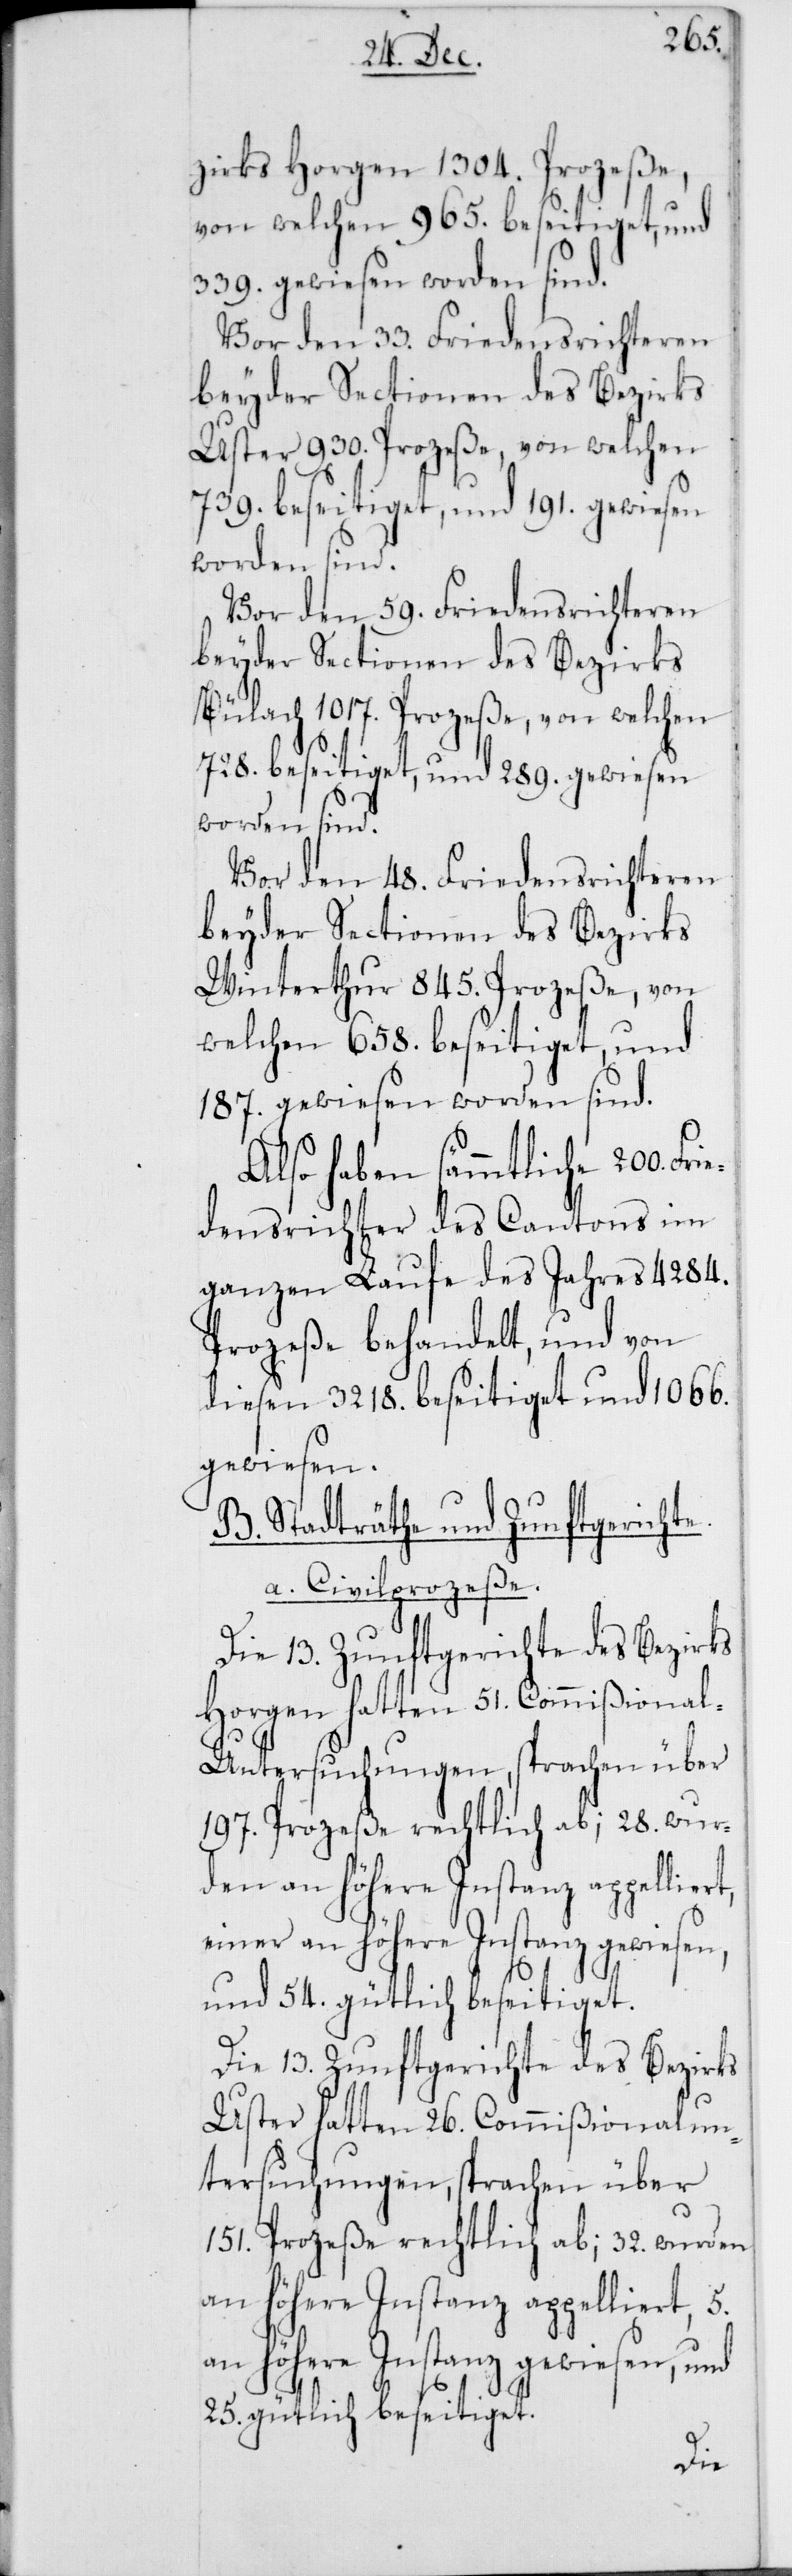
zirks Horgen 1304. Prozeße,
von welchen 965. beseitiget, und
339. gewiesen worden sind.
Vor den 33. Friedensrichteren
beyder Sectionen des Bezirks
Uster 930. Prozeße, von welchen
739. beseitiget und 191. gewiesen
worden sind.
Vor den 59. Friedensrichteren
beyder Sectionen des Bezirks
Bülach 1017. Prozeße, von welchen
728. beseitiget, und 289. gewiesen
Vor den 48. Friedensrichteren
beyder Sectionen des Bezirks
Winterthur 845. Prozeße, von
welchen 658. beseitiget, und
187. gewiesen worden sind.
Also haben sämmtliche 200. Fr¬
densrichter des Cantons im
ganzen Laufe des Jahres 4284.
Prozeße behandelt, und von
diesen 3218. beseitiget und 1066.
gewiesen.
B. Stadträthe und Zunftgerichte.
a. Civilprozeße.
Die 13. Zunftgerichte des Bezirks
Horgen hatten 51. Commißiona¬
l-Untersuchungen, sprachen über
197. Prozeße rechtlich ab; 28. wur¬
den an höhere Instanz appelliert,
einer an höhere Instanz gewiesen,
und 54. gütlich beseitiget.
Die 13. Zunftgerichte des Bezirks
Uster hatten 26. Commißionalun¬
tersuchungen, sprachen über
151. Prozeße rechtlich ab; 32. wurden
an höhere Instanz appelliert, 5.
an höhere Instanz gewiesen, und
25. gütlich beseitiget.
ie¬